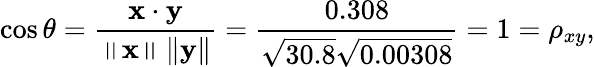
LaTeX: \cos\theta={\frac{\mathbf{x}\cdot\mathbf{y}}{\left\| \mathbf{x}\right\| \left\| \mathbf{y}\right\| }}={\frac{0.308}{{\sqrt{30.8}}{\sqrt{0.00308}}}}=1=\rho_{xy},